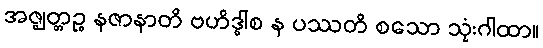
အဇ္ဈတ္တဉ္စ နဇာနာတိ ဗဟိဒ္ဓါစ န ပဿတိ စသော သုံးဂါထာ။